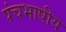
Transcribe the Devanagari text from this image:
पंचभाषीय